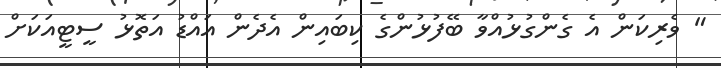
" ވެރިކަން އެ ގެންގުޅުއްވާ ބޭފުޅުންގެ ކިބައިން އެދެން އައްޑު އަތޮޅު ސީޓީއަކަށް